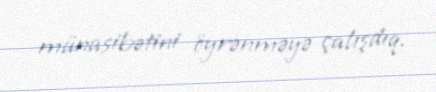
münasibətini öyrənməyə çalışdıq.